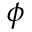
\phi